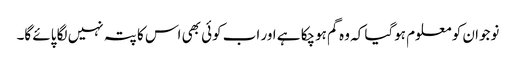
نوجوان کو معلوم ہوگیا کہ وہ گم ہوچکا ہے اور اب کوئی بھی اس کا پتہ نہیں لگا پائے گا۔